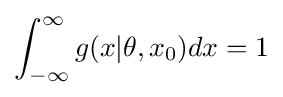
\int _{-\infty }^{\infty }g(x|\theta ,x_{0})dx=1